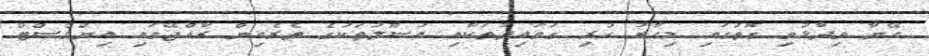
އޭނާ ވިދާޅުވި ގޮތުގައި މިހާރު ހުރި ގަވައިދުތަކާއި އުސޫލުތަކުގެ ތެރެއިން ރާއްޖޭގައި އިންވެސްޓް